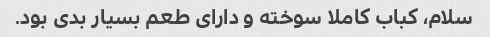
سلام، کباب کاملا سوخته و دارای طعم بسیار بدی بود.